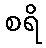
စရိ